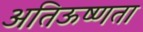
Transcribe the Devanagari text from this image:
अतिऊष्णता